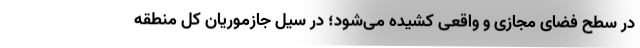
در سطح فضای مجازی و واقعی کشیده می‌شود؛ در سیل جازموریان کل منطقه